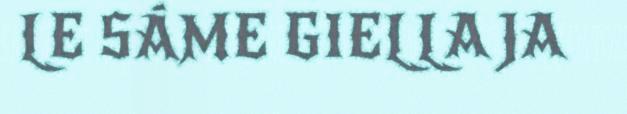
LE SÁME GIELLA JA